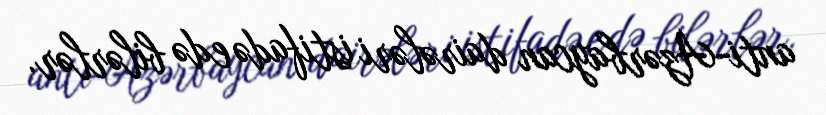
anti-Azərbaycan dairələri istifadə edə bilərlər.